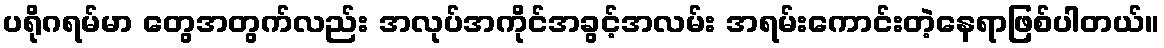
ပရိုဂရမ်မာ တွေအတွက်လည်း အလုပ်အကိုင်အခွင့်အလမ်း အရမ်းကောင်းတဲ့နေရာဖြစ်ပါတယ်။